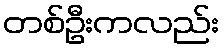
တစ်ဦးကလည်း